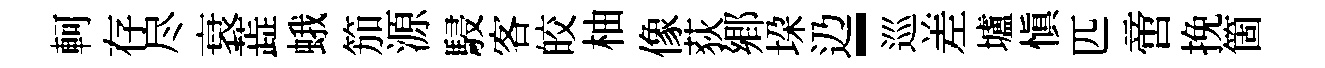
軻存尽衰蕋蛾笳源駸客皎柚像荻郷垜辸-巡差壚慎匹啻挽箇